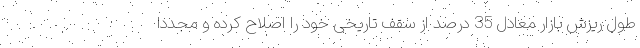
طول ریزش بازار معادل 35 درصد از سقف تاریخی خود را اصلاح کرده و مجددا